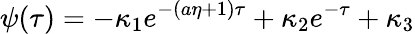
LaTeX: \psi(\tau)=-\kappa_{1}e^{-(a\eta+1)\tau}+\kappa_{2}e^{-\tau}+\kappa_{3}